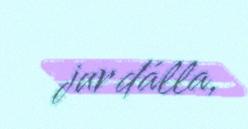
jur dálla,